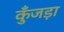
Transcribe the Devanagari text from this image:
कुँजड़ा